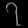
Digit: ၇